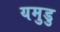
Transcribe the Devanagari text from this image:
यमुडु